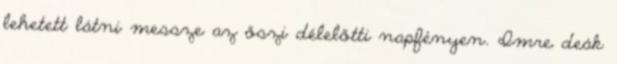
lehetett látni messze az őszi délelőtti napfényen. Imre deák